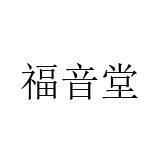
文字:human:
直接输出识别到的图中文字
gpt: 福音堂